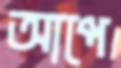
আপে